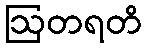
ဩတရတိ